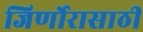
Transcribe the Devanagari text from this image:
जिर्णोरासाठी